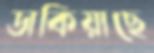
ডাকিয়াছে